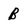
Character: B